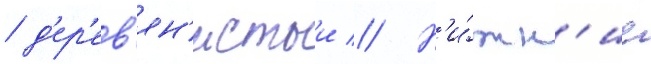
/ д'ер'ев'ян'истыи // Н'и́жн'ие